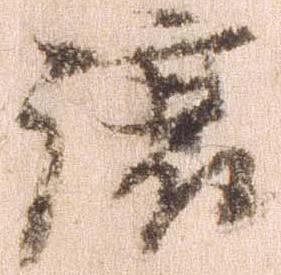
譲